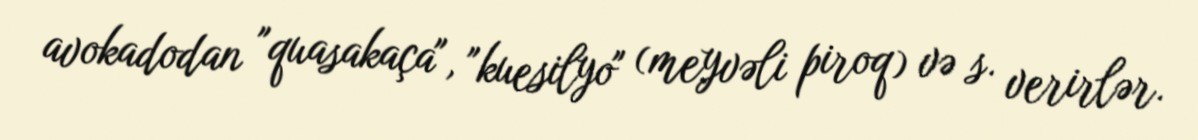
avokadodan "quasakaça", "kuesilyo" (meyvəli piroq) və s. verirlər.